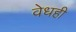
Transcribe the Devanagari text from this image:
वेधही